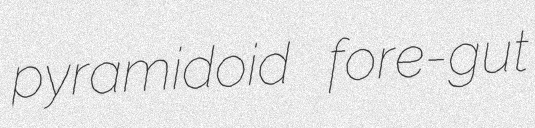
pyramidoid fore-gut